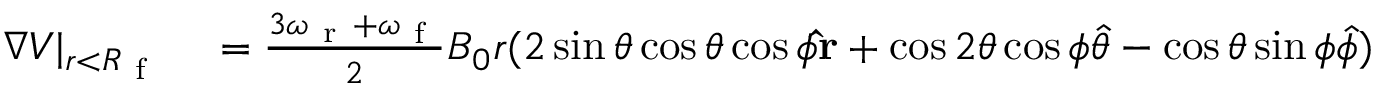
\begin{array} { r l } { \boldsymbol { \nabla } V \vert _ { r < R _ { \mathrm { ~ f ~ } } } } & { { } = \frac { 3 \omega _ { \mathrm { ~ r ~ } } + \omega _ { \mathrm { ~ f ~ } } } { 2 } B _ { 0 } r ( 2 \sin \theta \cos \theta \cos \phi \mathbf { \hat { r } } + \cos 2 \theta \cos \phi \boldsymbol { \hat { \theta } } - \cos \theta \sin \phi \boldsymbol { \hat { \phi } } ) } \end{array}